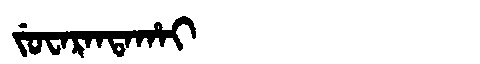
Manchu: ᠵᡠᠸᠠᡵᠠᠨᡨᠠᡥᠠᡳ
Romanization: JUWARANTAHAI